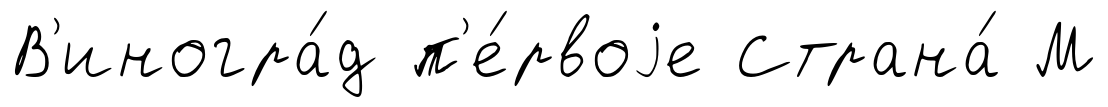
В'иногра́д п'е́рвоjе Страна́ М